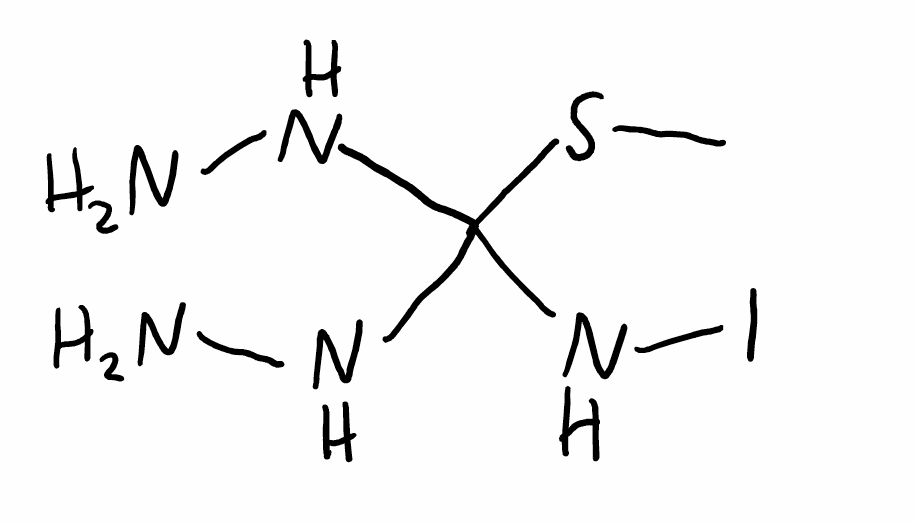
Simplified molecular-input line-entry system (SMILES) notation of the given molecule:
CSC(NN)(NN)NI